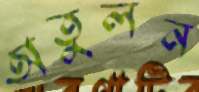
অতুলন